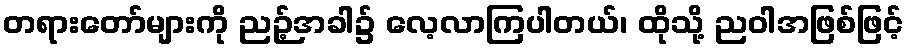
တရားတော်များကို ညဉ့်အခါ၌ လေ့လာကြပါတယ်၊ ထိုသို့ ညဝါအဖြစ်ဖြင့်